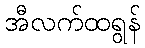
အီလက်ထရွန်